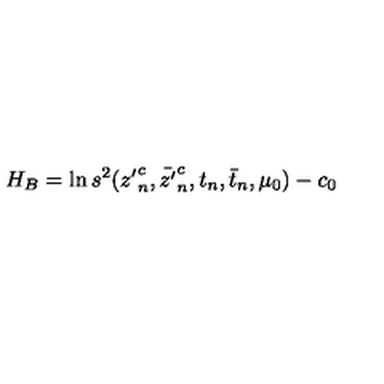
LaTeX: H _ { B } = \ln s ^ { 2 } ( { z ^ { \prime } } _ { n } ^ { c } , \bar { z ^ { \prime } } _ { n } ^ { c } , t _ { n } , \bar { t } _ { n } , \mu _ { 0 } ) - c _ { 0 }